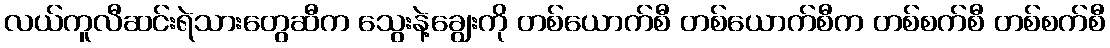
လယ်ကူလီဆင်းရဲသားတွေဆီက သွေးနဲ့ချွေးကို တစ်ယောက်စီ တစ်ယောက်စီက တစ်စက်စီ တစ်စက်စီ